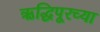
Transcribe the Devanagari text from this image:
ऋद्धिपूरच्या